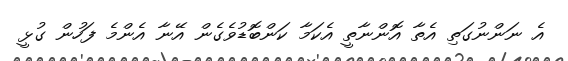
އެ ނަންނުގަތި އެތާ އޮންނާތީ އެކަމާ ކަންބޮޑުވެގެން އޭނާ އެންމެ ފަހުން ގުޅީ